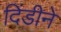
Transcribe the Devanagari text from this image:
दिंडीने